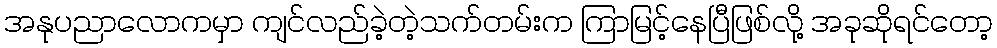
အနုပညာလောကမှာ ကျင်လည်ခဲ့တဲ့သက်တမ်းက ကြာမြင့်နေပြီဖြစ်လို့ အခုဆိုရင်တော့